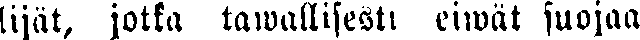
lijät, jotka tawallisesti eiwät suojaa